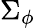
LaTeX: \Sigma_{\phi}